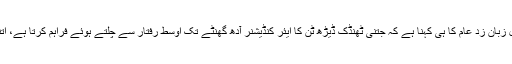
بلوچستان کے ایک معروف سیاست دان جن کے اقوال زبان زدِ عام کا ہی کہنا ہے کہ جتنی ٹھنڈک ڈیڑھ ٹن کا ایئر کنڈیشنر آدھ گھنٹے تک اوسط رفتار سے چلتے ہوئے فراہم کرتا ہے، اتنی ٹھنڈک صرف ایک پائو نسوار مہیا کر سکتی ہے۔